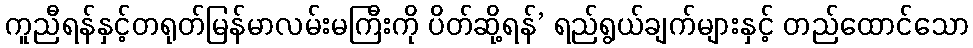
ကူညီရန်နှင့်တရုတ်မြန်မာလမ်းမကြီးကို ပိတ်ဆို့ရန်’ ရည်ရွယ်ချက်များနှင့် တည်ထောင်သော